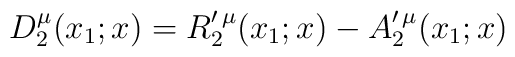
D_2^\mu (x_1;x)=R_2^{\prime \,\mu }(x_1;x)-A_2^{\prime \,\mu }(x_1;x)